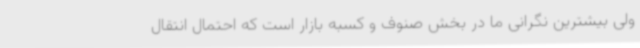
ولی بیشترین نگرانی ما در بخش صنوف و کسبه بازار است که احتمال انتقال